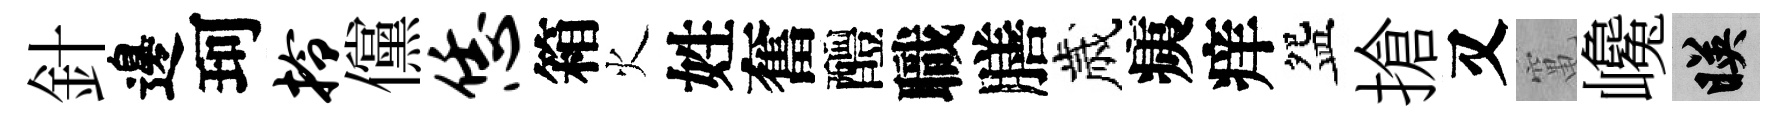
針邊珂拎儻恁箱火姓奮醴職膳歲痍痒盌搶又𥧄巉映